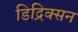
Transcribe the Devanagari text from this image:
डिद्रिक्सन